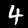
Digit: 4